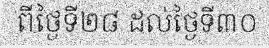
ពីថ្ងៃទី២៨ ដល់ថ្ងៃទី៣០